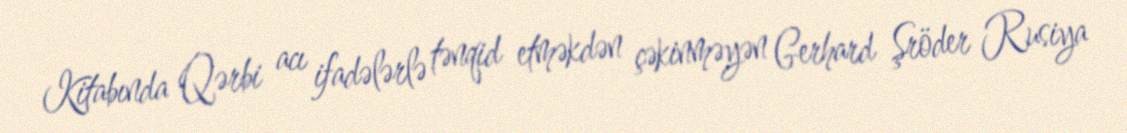
Kitabında Qərbi acı ifadələrlə tənqid etməkdən çəkinməyən Gerhard Şröder Rusiya